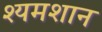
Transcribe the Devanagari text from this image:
श्यमशान